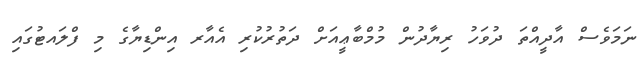
ނަމަވެސް އާދީއްތަ ދުވަހު ރިޔާދުން މުމްބާޢީއަށް ދަތުރުކުރި އެއާރ އިންޑިޔާގެ މި ފްލައޓުގައި